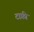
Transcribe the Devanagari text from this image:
टाफ़ी